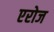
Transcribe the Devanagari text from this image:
एरोज